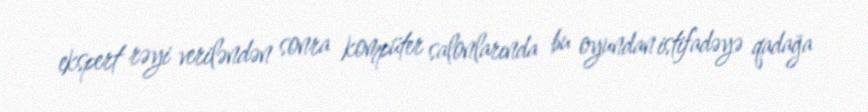
ekspert rəyi veriləndən sonra kompüter salonlarında bu oyundan istifadəyə qadağa